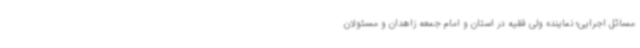
مسائل اجرایی؛ نماینده ولی فقیه در استان و امام جمعه زاهدان و مسئولان